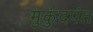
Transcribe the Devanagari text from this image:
मुकुंदपंत